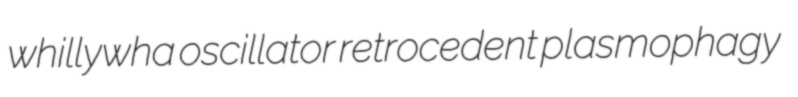
whillywha oscillator retrocedent plasmophagy